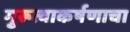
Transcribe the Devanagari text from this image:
गुरूत्वाकर्षणाचा